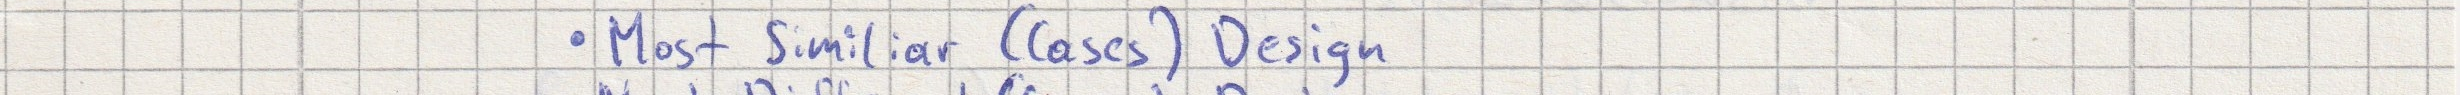
- Most Similiar (Cases) Design